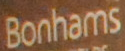
Bonhams